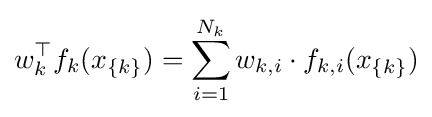
w_{k}^{\top }f_{k}(x_{\{k\}})=\sum _{i=1}^{N_{k}}w_{k,i}\cdot f_{k,i}(x_{\{k\}})